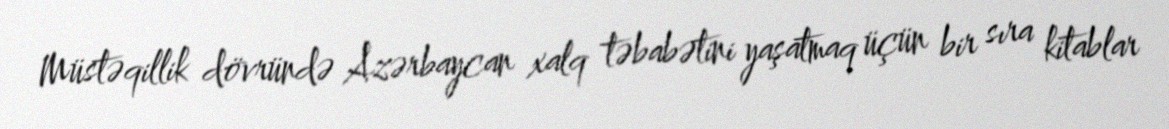
Müstəqillik dövründə Azərbaycan xalq təbabətini yaşatmaq üçün bir sıra kitablar